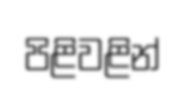
පිළිවළින්